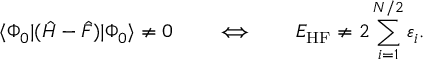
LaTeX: \langle \Phi _ { 0 } | ( { \hat { H } } - { \hat { F } } ) | \Phi _ { 0 } \rangle \neq 0 \qquad \Longleftrightarrow \qquad E _ { \mathrm { H F } } \neq 2 \sum _ { i = 1 } ^ { N / 2 } \varepsilon _ { i } .